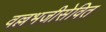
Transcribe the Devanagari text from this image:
वल्लभजीसेवित